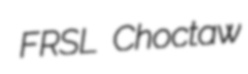
FRSL Choctaw